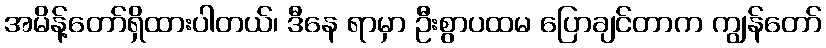
အမိန့်တော်ရှိထားပါတယ်၊ ဒီနေ ရာမှာ ဦးစွာပထမ ပြောချင်တာက ကျွန်တော်